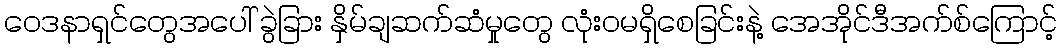
ဝေဒနာရှင်တွေအပေါ် ခွဲခြား နှိမ်ချဆက်ဆံမှုတွေ လုံးဝမရှိစေခြင်းနဲ့ အေအိုင်ဒီအက်စ်ကြောင့်